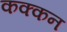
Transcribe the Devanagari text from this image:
कक्कन